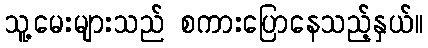
သူ့မေးများသည် စကားပြောနေသည့်နှယ်။